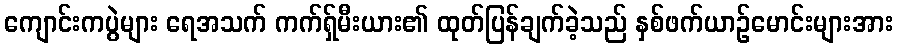
ကျောင်းကပွဲများ ရေအသက် ကက်ရှ်မီးယား၏ ထုတ်ပြန်ချက်ခဲ့သည် နှစ်ဖက်ယာဉ်မောင်းများအား